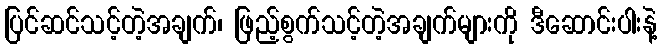
ပြင်ဆင်သင့်တဲ့အချက်၊ ဖြည့်စွက်သင့်တဲ့အချက်များကို ဒီဆောင်းပါးနဲ့